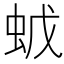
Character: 𧉦